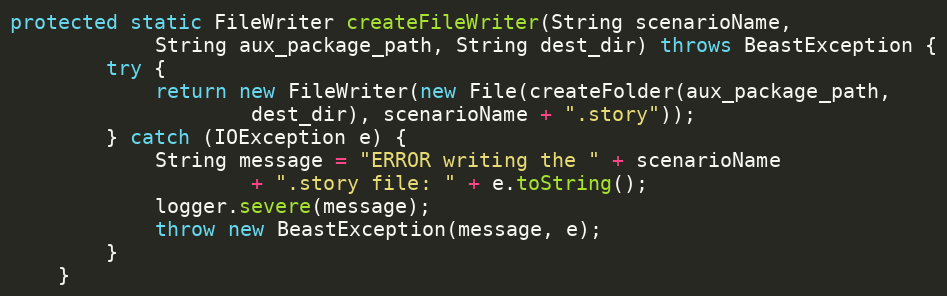
Language: Java
protected static FileWriter createFileWriter(String scenarioName,
            String aux_package_path, String dest_dir) throws BeastException {
        try {
            return new FileWriter(new File(createFolder(aux_package_path,
                    dest_dir), scenarioName + ".story"));
        } catch (IOException e) {
            String message = "ERROR writing the " + scenarioName
                    + ".story file: " + e.toString();
            logger.severe(message);
            throw new BeastException(message, e);
        }
    }